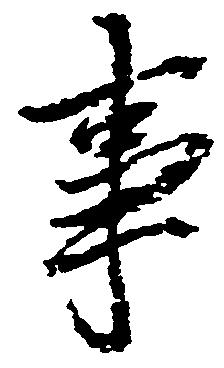
事